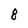
Character: 8